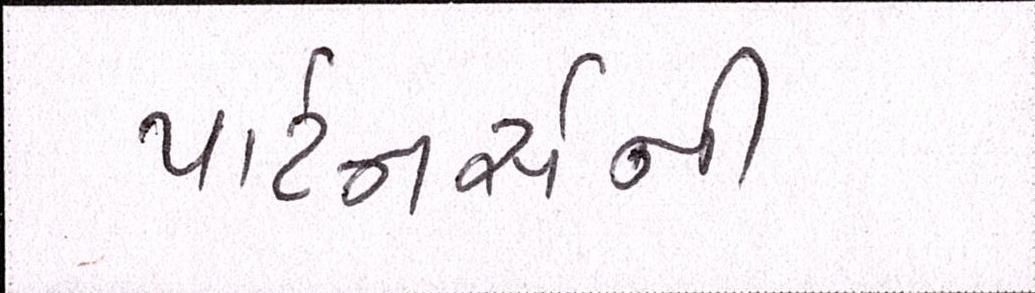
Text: પાર્ટનર્સની